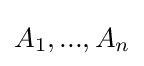
A_{1},...,A_{n}